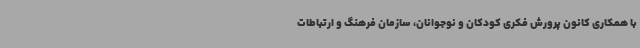
با همکاری کانون پرورش فکری کودکان و نوجوانان، سازمان فرهنگ و ارتباطات